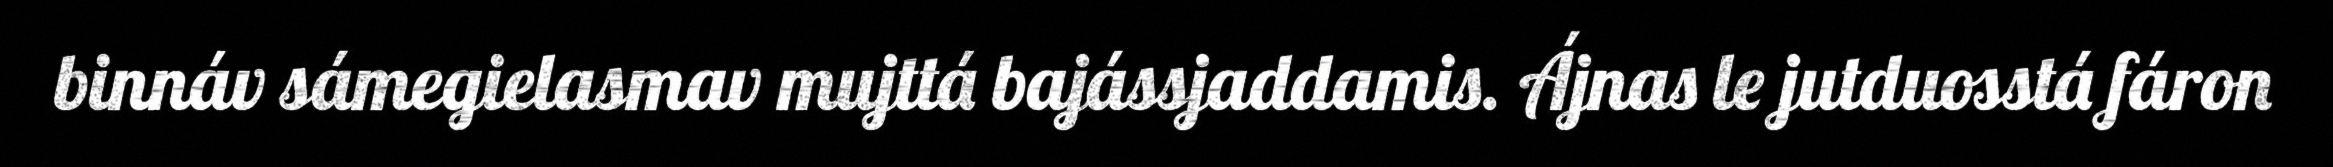
binnáv sámegielasmav mujttá bajássjaddamis. Ájnas le jutduosstá fáron